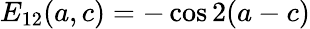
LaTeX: E_{12}(a,c)=-\cos 2(a-c)